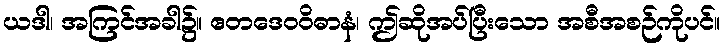
ယဒါ၊ အကြင်အခါ၌။ ဧတဒေဝဝိဓာနံ၊ ဤဆိုအပ်ပြီးသော အစီအစဉ်ကိုပင်။